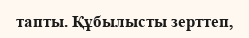
тапты. Құбылысты зерттеп,